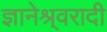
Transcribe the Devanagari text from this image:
ज्ञानेश्र्वरादी